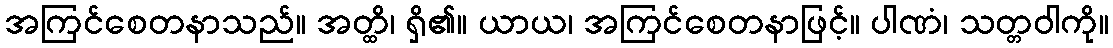
အကြင်စေတနာသည်။ အတ္ထိ၊ ရှိ၏။ ယာယ၊ အကြင်စေတနာဖြင့်။ ပါဏံ၊ သတ္တဝါကို။